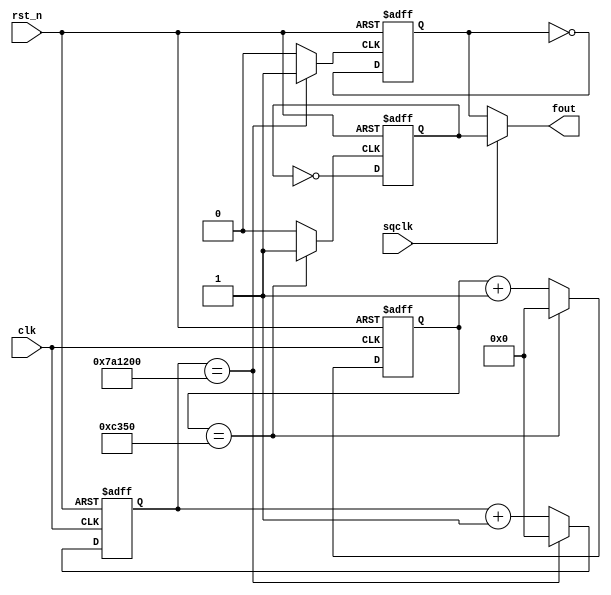
`timescale 1ns / 1ps
//////////////////////////////////////////////////////////////////////////////////
// Company: 
// Engineer: 
// 
// Design Name: 
// Module Name: lab6_1fre100hz
// Project Name: 
// Target Devices: 
// Tool Versions: 
// Description: 
// 
// Dependencies: 
// 
// Revision:
// Revision 0.01 - File Created
// Additional Comments:
// 
//////////////////////////////////////////////////////////////////////////////////


module lab6_2_2qclk(
fout, // divided clock output
clk, // global clock input
rst_n, // active low reset
sqclk
);
output reg fout; // divided output
input clk,sqclk; // global clock input
input rst_n; // active low reset
reg [26:0] c_tmp,c;
reg clk_tmp3,s_c,s_c_tmp;
reg [26:0] d_tmp,d;
reg clk_tmp4,s_d,s_d_tmp;
wire out3,out4;


always @*
if(c == 50000) c_tmp = 0;
else c_tmp = c + 27'd1;
//clk_temp 0.5s
always @*
if(c == 50000) clk_tmp3 = 1;
else clk_tmp3 = 0;
always @*
s_c_tmp = ~s_c ;
assign out3 = s_c;
always @(posedge clk_tmp3 or negedge rst_n)
if (~rst_n) s_c <= 0;
else s_c <= s_c_tmp;
// Flip flops
always @(posedge clk or negedge rst_n)
if (~rst_n) c <= 27'b0;
else c <= c_tmp;

always @*
if(d == 8000000) d_tmp = 0;
else d_tmp = d + 27'd1;
//clk_temp 0.5s
always @*
if(d == 8000000) clk_tmp4 = 1;
else clk_tmp4 = 0;
always @*
s_d_tmp = ~s_d ;
assign out4 = s_d;
always @(posedge clk_tmp4 or negedge rst_n)
if (~rst_n) s_d <= 0;
else s_d <= s_d_tmp;
// Flip flops
always @(posedge clk or negedge rst_n)
if (~rst_n) d <= 27'b0;
else d <= d_tmp;

always@*
case(sqclk)
1'd0: fout = out4;
default: fout = out3;
endcase

endmodule